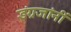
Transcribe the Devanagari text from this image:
इंग्रजांनीं